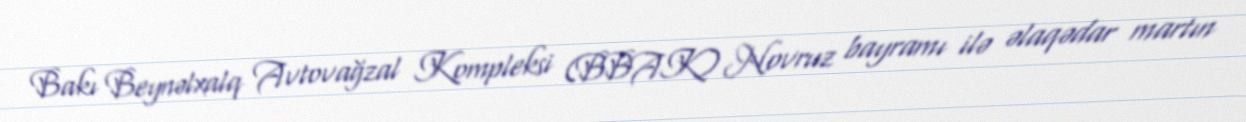
Bakı Beynəlxalq Avtovağzal Kompleksi (BBAK) Novruz bayramı ilə əlaqədar martın